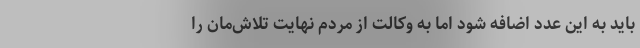
باید به این عدد اضافه شود اما به وکالت از مردم نهایت تلاش‌مان را